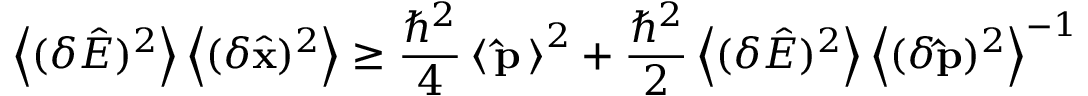
\left\langle ( \delta { \hat { E } } ) ^ { 2 } \right\rangle \left\langle ( \delta { \hat { \mathbf { x } } } ) ^ { 2 } \right\rangle \geq { \frac { \hbar ^ { 2 } } { 4 } } \left\langle \, \mathbf { \hat { p } } \, \right\rangle ^ { 2 } + { \frac { \hbar ^ { 2 } } { 2 } } \left\langle ( \delta { \hat { E } } ) ^ { 2 } \right\rangle \left\langle ( \delta \mathbf { \hat { p } } ) ^ { 2 } \right\rangle ^ { - 1 }